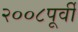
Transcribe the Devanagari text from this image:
२००८पूर्वी